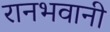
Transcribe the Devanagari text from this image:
रानभवानी